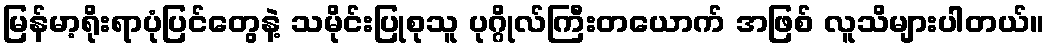
မြန်မာ့ရိုးရာပုံပြင်တွေနဲ့ သမိုင်းပြုစုသူ ပုဂ္ဂိုလ်ကြီးတယောက် အဖြစ် လူသိများပါတယ်။